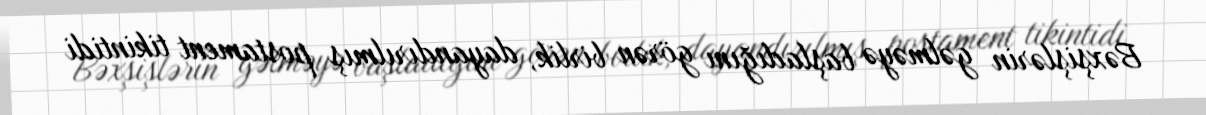
Bəxşişlərin gəlməyə başladığını görən birlik, dayandırılmış postament tikintidi